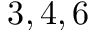
3 , 4 , 6